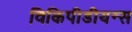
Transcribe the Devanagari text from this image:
विकिपीडीयन्स